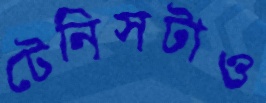
টেনিসটাও